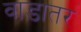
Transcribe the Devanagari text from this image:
वाडातर